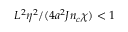
L ^ { 2 } \eta ^ { 2 } / ( 4 a ^ { 2 } J n _ { c } \chi ) < 1